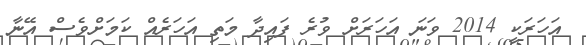
އަހަރަކީ 2014 ވަނަ އަހަރަށް ވުރެ ފައިދާ މަތި އަހަރެއް ކަމަށްވެސް އޭނާ